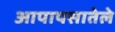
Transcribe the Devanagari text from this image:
आपापसातेले